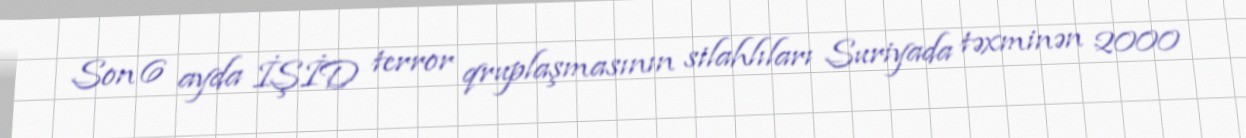
Son 6 ayda İŞİD terror qruplaşmasının silahlıları Suriyada təxminən 2000